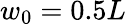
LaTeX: w_{0}=0.5L